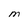
Character: M